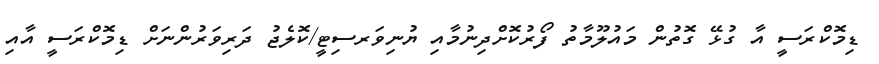
ޑިމޮކްރަސީ އާ ގުޅޭ ގޮތުން މައުލޫމާތު ފޯރުކޮށްދިނުމާއި ޔުނިވަރސިޓީ/ކޮލެޖު ދަރިވަރުންނަށް ޑިމޮކްރަސީ އާއި